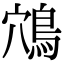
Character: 鴪